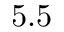
5 . 5